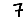
Digit: 7